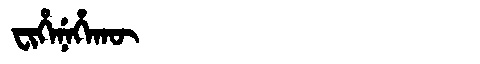
Manchu: ᠸᡳᡥᡝᠨᡝᡥᠠᡴᡡ
Romanization: FIHENEHAKŪ